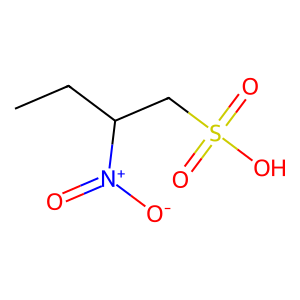
SMILES: CCC(CS(=O)(=O)O)[N+](=O)[O-]
Inhibits HIV replication: No